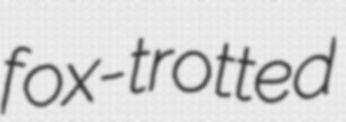
fox-trotted